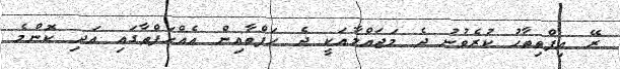
ރޭ އިފްތިތާހު ކުރެވުނު ދެ މަޖައްލާއަކީ ދެ ހަފްތާއިން އެއްހަފްތާގައި އަދި ކޮންމެ